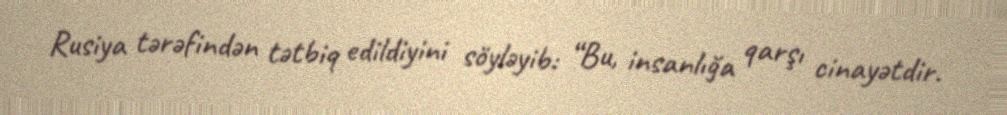
Rusiya tərəfindən tətbiq edildiyini söyləyib: “Bu, insanlığa qarşı cinayətdir.